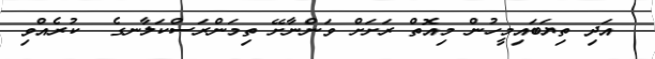
އަދި ތިޔަބައިމީހުން މިއޮތް ރަށަށް ވަންނާށޭ ތިމަންރަސްކަލާނގެ  ކުރެއްވި